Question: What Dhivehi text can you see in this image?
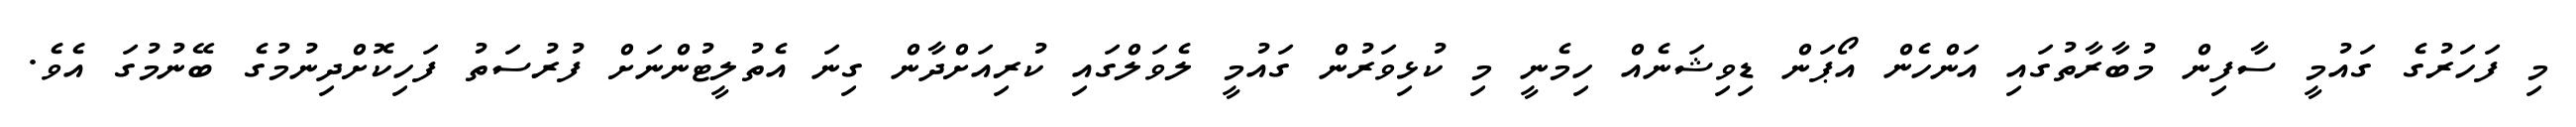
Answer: މި ފަހަރުގެ ގައުމީ ސާފިން މުބާރާތުގައި އަންހެން އޯޕަން ޑިވިޝަނެއް ހިމެނީ މި ކުޅިވަރުން ގައުމީ ލެވަލްގައި ކުރިއަށްދާން ގިނަ އެތުލީޓުންނަށް ފުރުސަތު ފަހިކޮށްދިނުމުގެ ބޭނުމުގަ އެވެ.